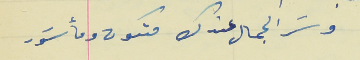
وسَر الجمال عندك متكون ومأسَور